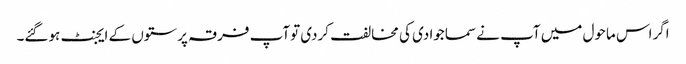
اگراس ماحول میں آپ نے سماجوادی کی مخالفت کردی توآپ فرقہ پرستوں کے ایجنٹ ہوگئے۔